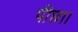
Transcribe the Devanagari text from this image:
पीछा।